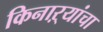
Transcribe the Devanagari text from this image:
किनाऱ्‍यांचा